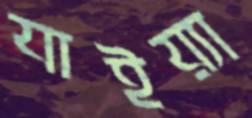
যাইয়্যা